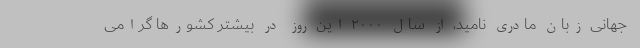
جهانی زبان مادری نامید، از سال ۲۰۰۰ این روز در بیشتر کشورها گرامی